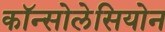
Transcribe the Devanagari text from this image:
कॉन्सोलेसियोन